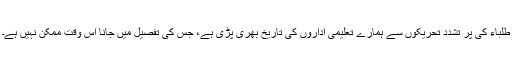
طلباء کی پر تشدد تحریکوں سے ہمارے تعلیمی اداروں کی تاریخ بھری پڑی ہے، جس کی تفصیل میں جانا اس وقت ممکن نہیں ہے۔